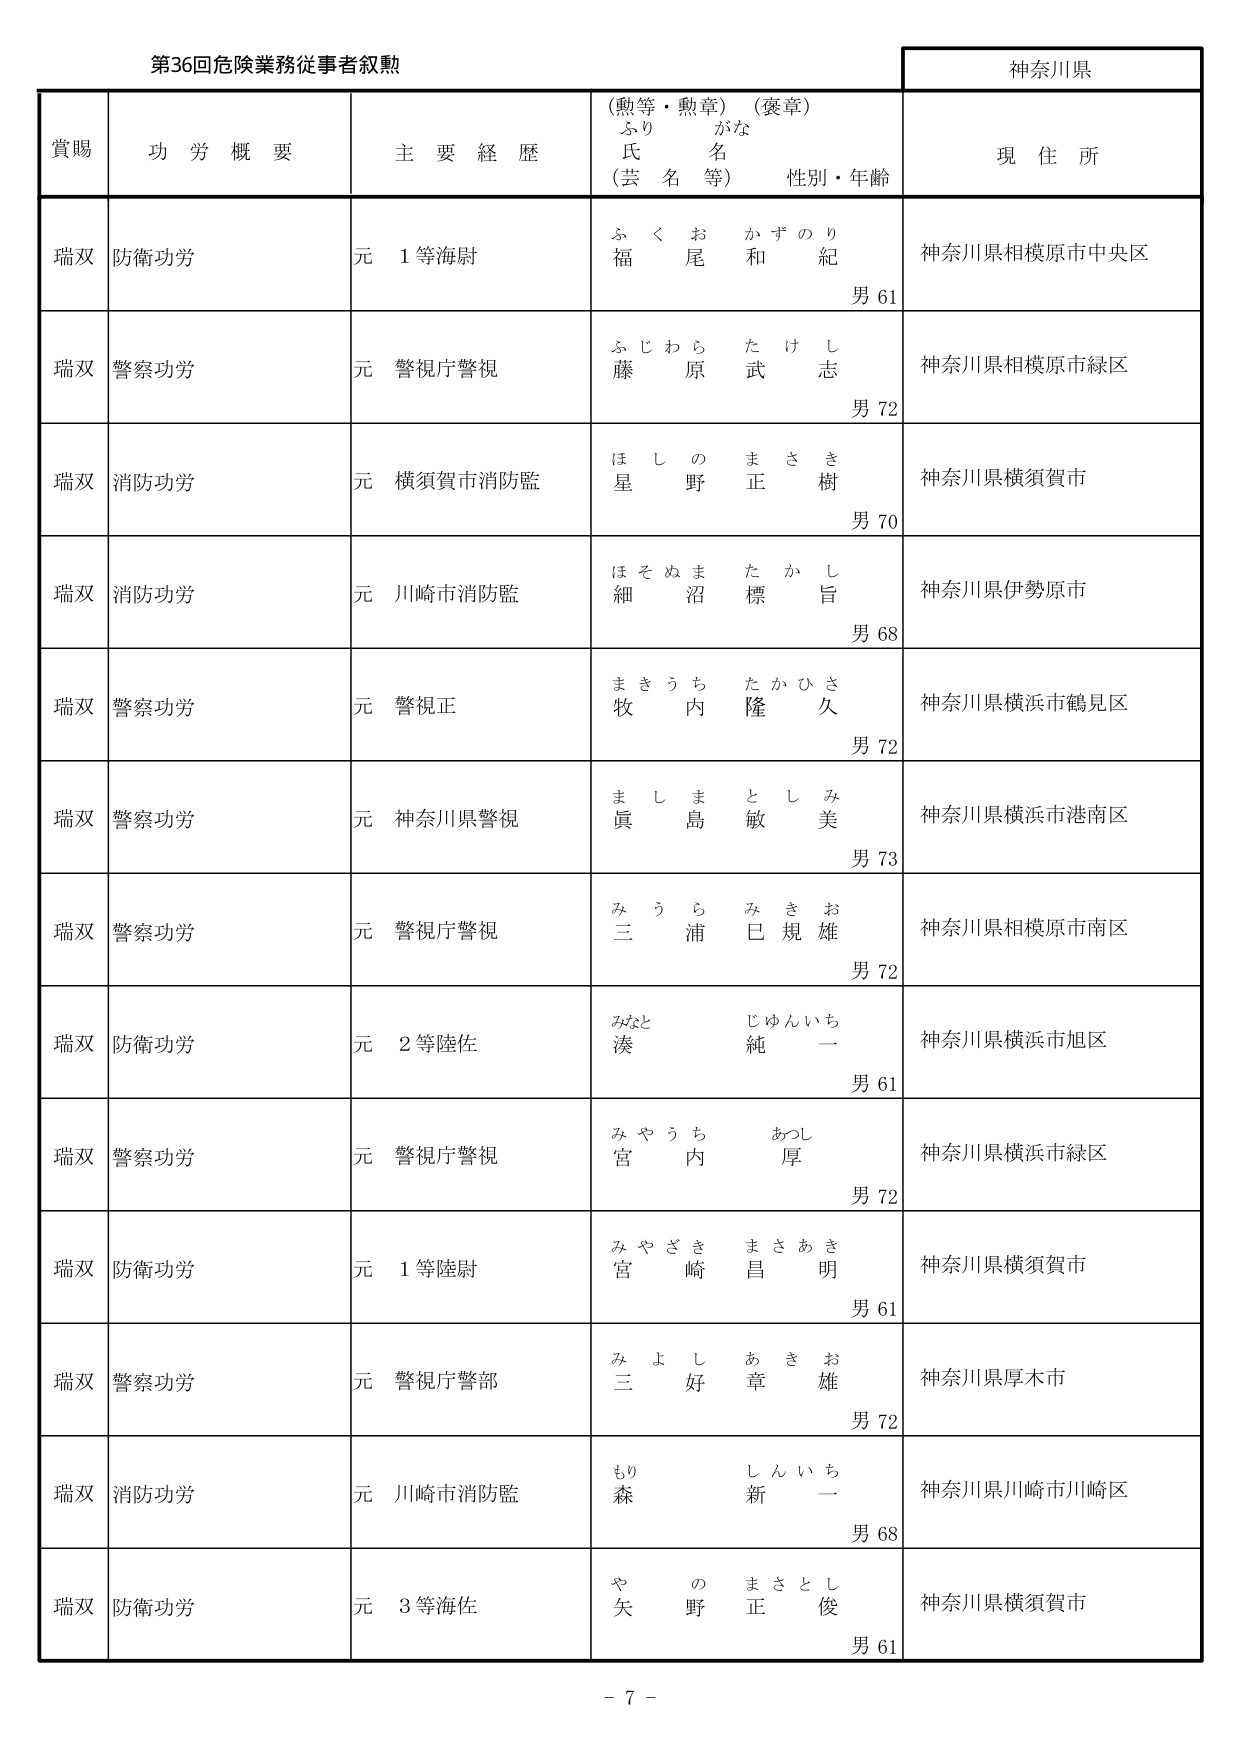
第36回危険業務従事者叙勲

神奈川県

賞賜　　功労概要　　主要経歴　　（勲等・勲章）（褒章）　　現住所
　　　　　　　　　　　ふりがな